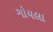
ગોયલા